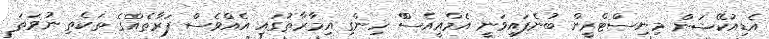
އެޑިއުކޭޝަން މިނިސްޓްރީން ބުނެފައިވަނީ އެމްއީއެސްް ހިންގި އިމާރާތުގައި އެއްވެސް ފަރާތެއްގެ ތަކެތި ނުވަތަ